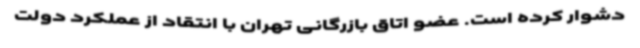
دشوار کرده است. عضو اتاق بازرگانی تهران با انتقاد از عملکرد دولت